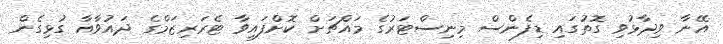
އޭނާ ވިދާޅުވި ގޮތުގައި ޑިފެންސް މިނިސްޓަރުގެ މައްޗަށް ކޮށްފައިވާ ޓެރަރިޒަމްގެ ދައުވާއާ ގުޅިގެން